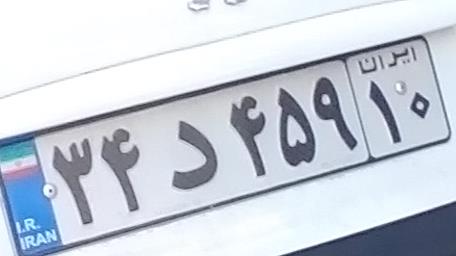
۳۴د۴۵۹۱۰